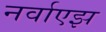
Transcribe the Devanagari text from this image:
नर्वाएझ